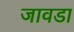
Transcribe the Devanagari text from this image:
जावडा